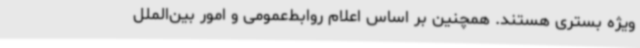
ویژه بستری هستند. همچنین بر اساس اعلام روابط‌عمومی و امور بین‌الملل